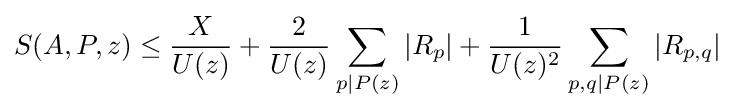
S(A,P,z)\leq {\frac {X}{U(z)}}+{\frac {2}{U(z)}}\sum _{p\mid P(z)}\left\vert R_{p}\right\vert +{\frac {1}{U(z)^{2}}}\sum _{p,q\mid P(z)}\left\vert R_{p,q}\right\vert